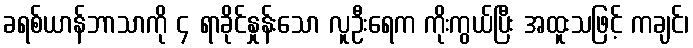
ခရစ်ယာန်ဘာသာကို ၄ ရာခိုင်နှုန်းသော လူဦးရေက ကိုးကွယ်ပြီး အထူးသဖြင့် ကချင်၊